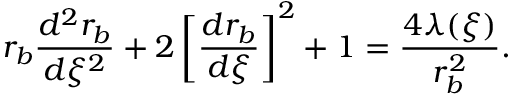
r _ { b } \frac { d ^ { 2 } r _ { b } } { d \xi ^ { 2 } } + 2 \left[ \frac { d r _ { b } } { d \xi } \right] ^ { 2 } + 1 = \frac { 4 \lambda ( \xi ) } { r _ { b } ^ { 2 } } .